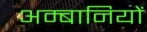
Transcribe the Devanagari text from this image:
अम्बानियों